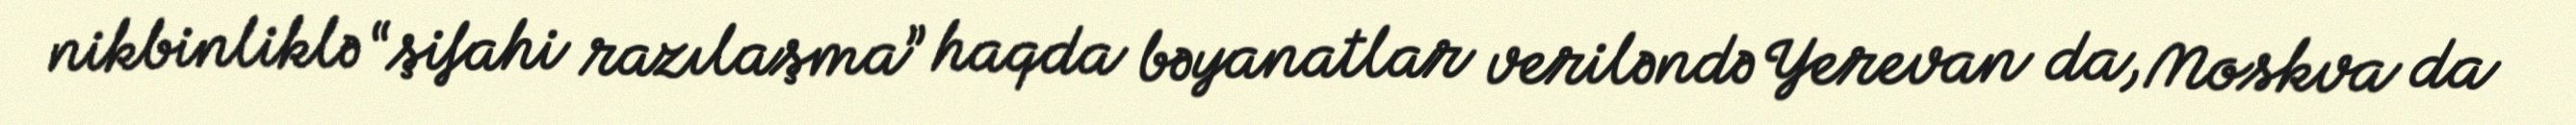
nikbinliklə “şifahi razılaşma” haqda bəyanatlar veriləndə Yerevan da, Moskva da